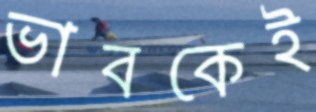
ভাবকেই